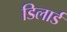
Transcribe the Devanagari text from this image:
डिलार्ड